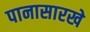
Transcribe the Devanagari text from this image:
पानासारखे